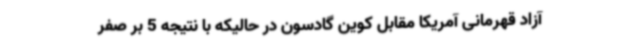
آزاد قهرمانی آمریکا مقابل کوین گادسون در حالیکه با نتیجه 5 بر صفر